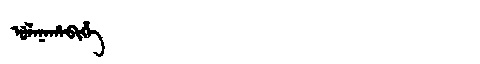
Manchu: ᡠᠯᠠᠨᠠᡥᠠᠪᡳᡥᡝ
Romanization: ULANAHABIHE